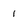
Character: 1